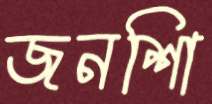
জনশিা